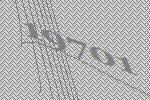
19701